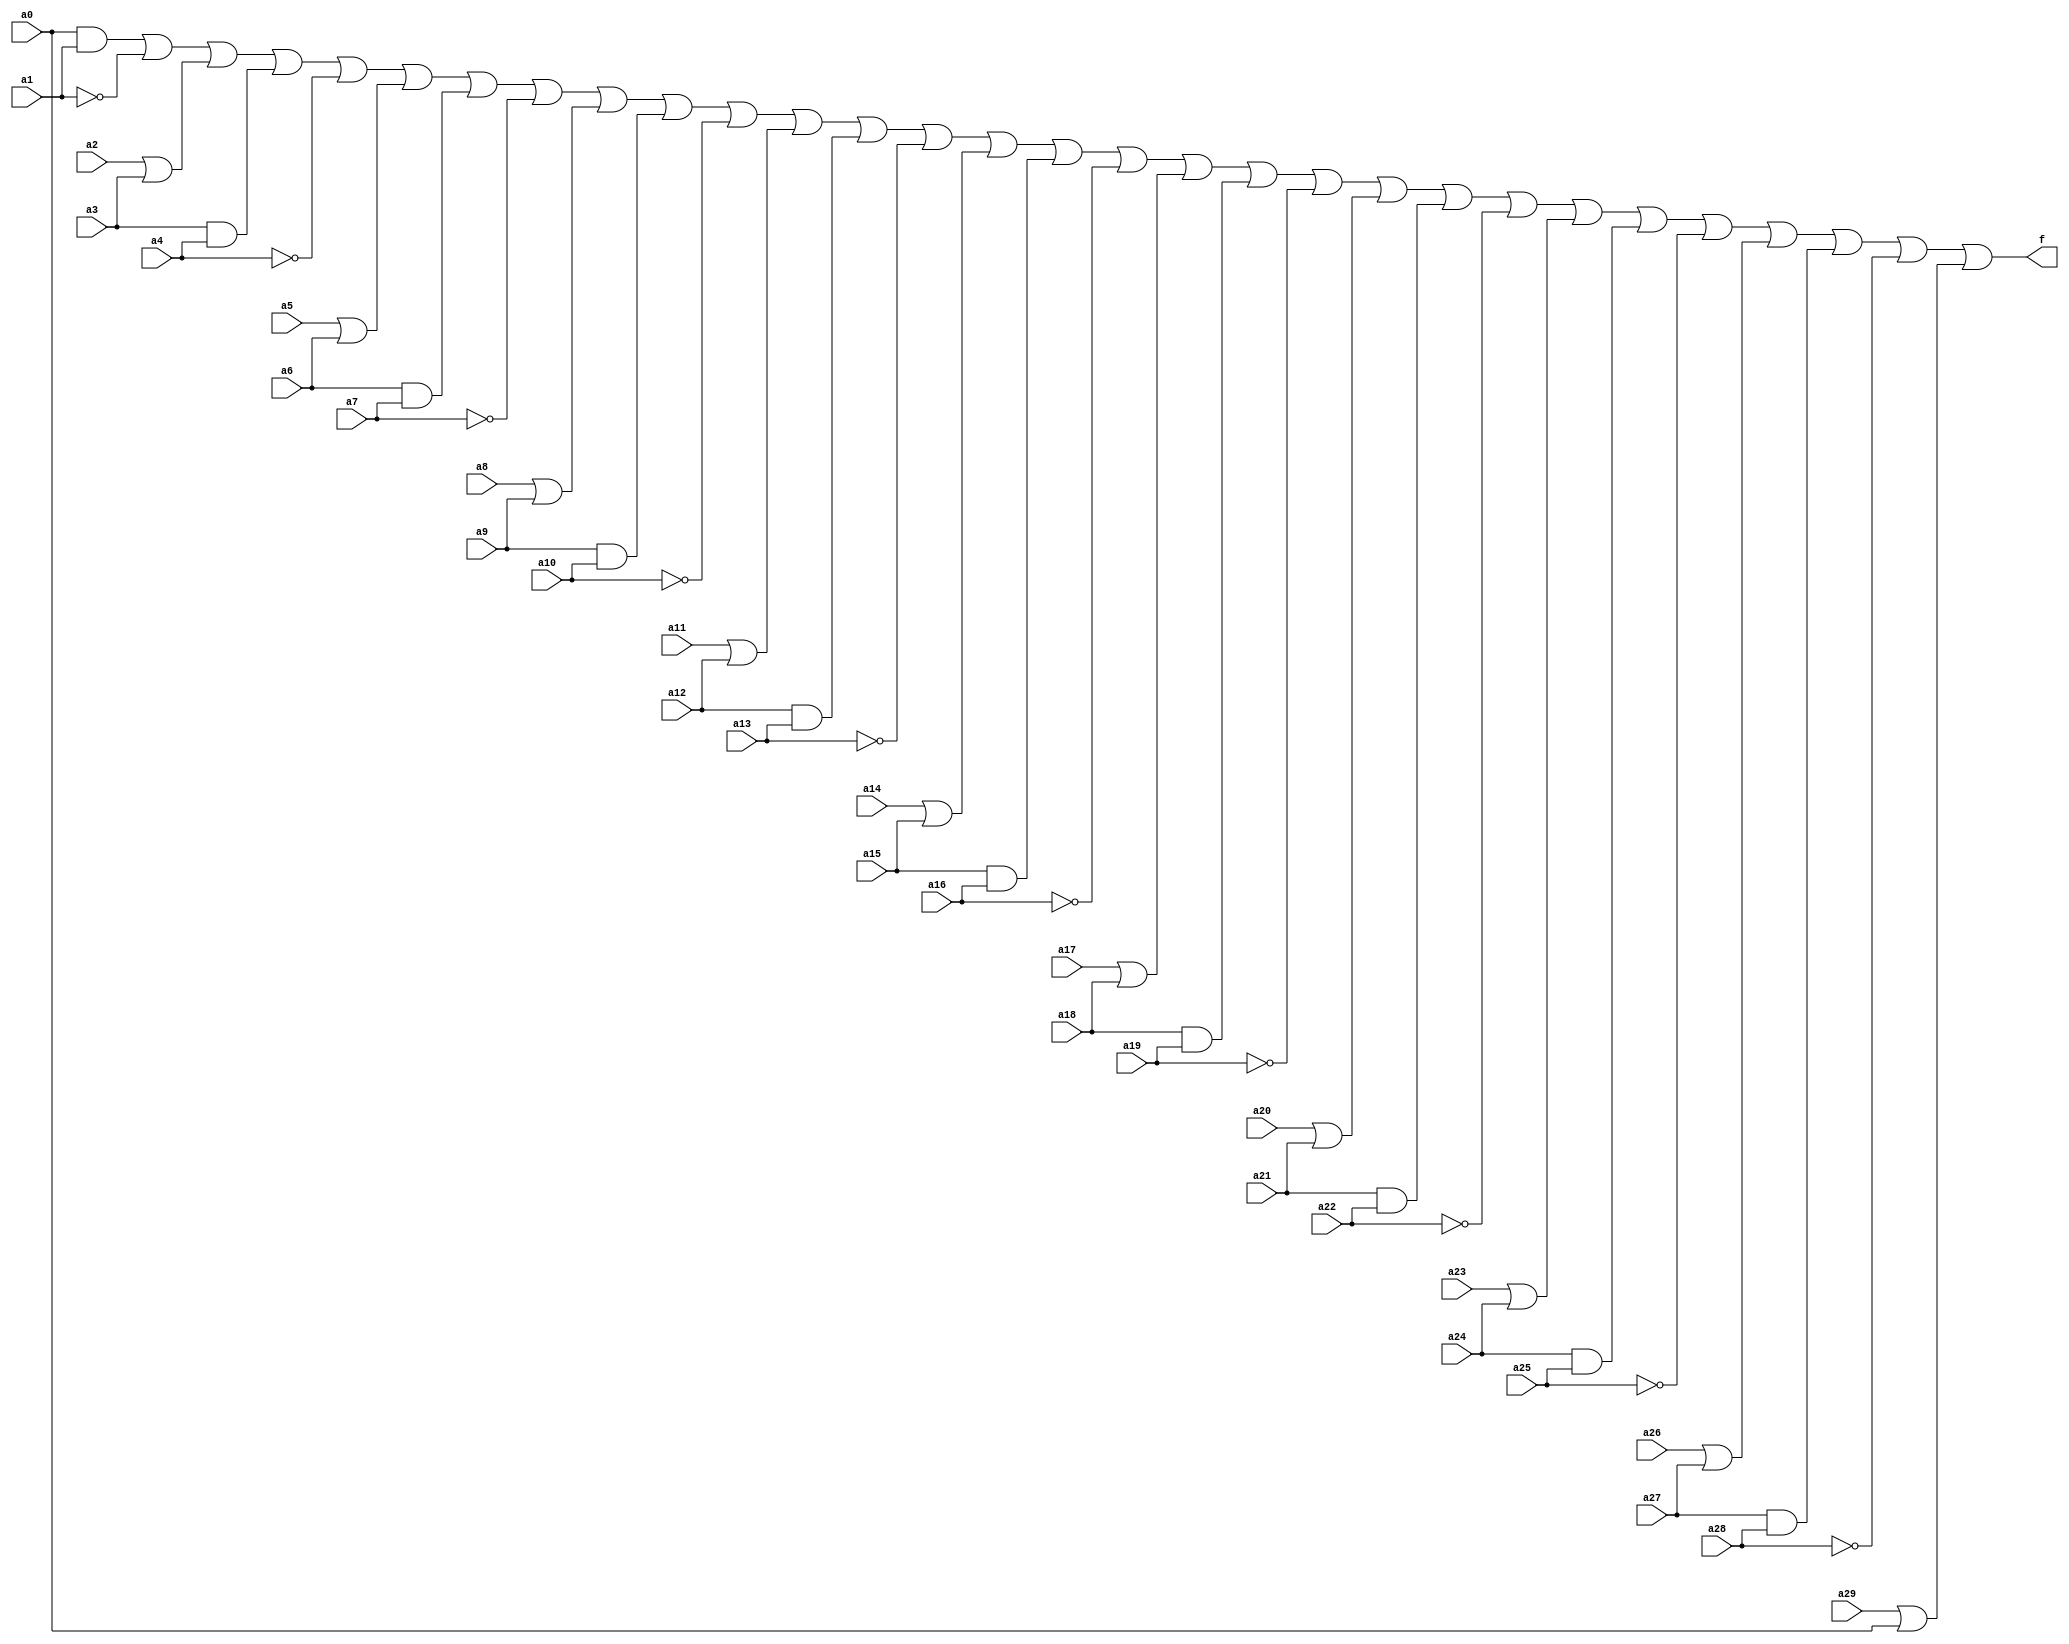
module simple_circuit(
    input a0,
    input a1,
    input a2,
    input a3,
    input a4,
    input a5,
    input a6,
    input a7,
    input a8,
    input a9,
    input a10,
    input a11,
    input a12,
    input a13,
    input a14,
    input a15,
    input a16,
    input a17,
    input a18,
    input a19,
    input a20,
    input a21,
    input a22,
    input a23,
    input a24,
    input a25,
    input a26,
    input a27,
    input a28,
    input a29,
    output f);

wire d0;
wire d1;
wire d2;
wire d3;
wire d4;
wire d5;
wire d6;
wire d7;
wire d8;
wire d9;
wire d10;
wire d11;
wire d12;
wire d13;
wire d14;
wire d15;
wire d16;
wire d17;
wire d18;
wire d19;
wire d20;
wire d21;
wire d22;
wire d23;
wire d24;
wire d25;
wire d26;
wire d27;
wire d28;
wire d29;
and and0(d0, a0, a1);
not not1(d1, a1);
or or2(d2, a2, a3);
and and3(d3, a3, a4);
not not4(d4, a4);
or or5(d5, a5, a6);
and and6(d6, a6, a7);
not not7(d7, a7);
or or8(d8, a8, a9);
and and9(d9, a9, a10);
not not10(d10, a10);
or or11(d11, a11, a12);
and and12(d12, a12, a13);
not not13(d13, a13);
or or14(d14, a14, a15);
and and15(d15, a15, a16);
not not16(d16, a16);
or or17(d17, a17, a18);
and and18(d18, a18, a19);
not not19(d19, a19);
or or20(d20, a20, a21);
and and21(d21, a21, a22);
not not22(d22, a22);
or or23(d23, a23, a24);
and and24(d24, a24, a25);
not not25(d25, a25);
or or26(d26, a26, a27);
and and27(d27, a27, a28);
not not28(d28, a28);
or or29(d29, a29, a0);
or or_final(f, d0, d1, d2, d3, d4, d5, d6, d7, d8, d9, d10, d11, d12, d13, d14, d15, d16, d17, d18, d19, d20, d21, d22, d23, d24, d25, d26, d27, d28, d29);
endmodule